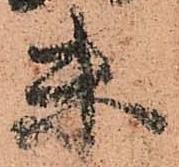
未